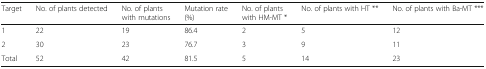
<table><thead><tr><td><b>Target</b></td><td><b>No. of plants detected</b></td><td><b>No. of plants with mutations</b></td><td><b>Mutation rate (%)</b></td><td><b>No. of plants with HM-MT *</b></td><td><b>No. of plants with HT **</b></td><td><b>No. of plants with Ba-MT ***</b></td></tr></thead><tbody><tr><td>1</td><td>22</td><td>19</td><td>86.4</td><td>2</td><td>5</td><td>12</td></tr><tr><td>2</td><td>30</td><td>23</td><td>76.7</td><td>3</td><td>9</td><td>11</td></tr><tr><td>Total</td><td>52</td><td>42</td><td>81.5</td><td>5</td><td>14</td><td>23</td></tr></tbody></table>